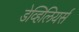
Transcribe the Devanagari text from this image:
डेव्हिलियर्स